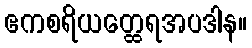
ဧကစရိယတ္ထေရအပဒါန။